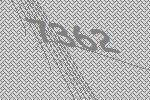
7362